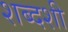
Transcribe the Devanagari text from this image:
शब्दशी